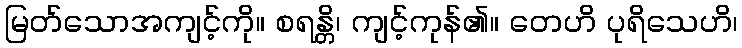
မြတ်သောအကျင့်ကို။ စရန္တိ၊ ကျင့်ကုန်၏။ တေဟိ ပုရိသေဟိ၊